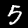
Digit: 5